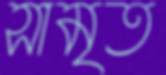
সামৃত